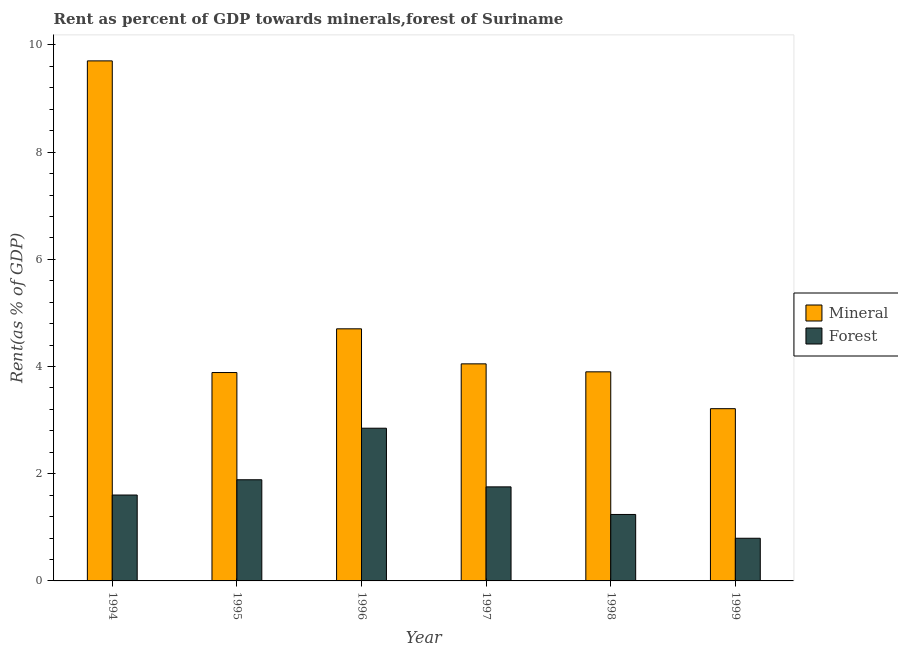
| Year | Mineral | Forest |
 | --- | --- | --- |
 | 1994 | 9.7 | 1.6 |
 | 1995 | 3.89 | 1.89 |
 | 1996 | 4.7 | 2.85 |
 | 1997 | 4.05 | 1.75 |
 | 1998 | 3.9 | 1.24 |
 | 1999 | 3.21 | 0.796 |